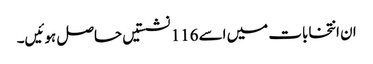
ان انتخابات میں اسے 116 نشستیں حاصل ہوئیں۔